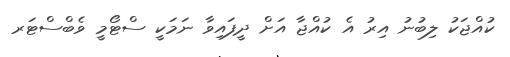
ކުއްޖަކު ލިބުނު އިރު އެ ކުއްޖާ އަށް ދީފައިވާ ނަމަކީ ސްޓޯމީ ވެބްސްޓަރ